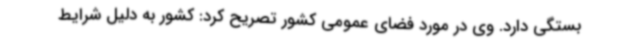
بستگی دارد. وی در مورد فضای عمومی کشور تصریح کرد: کشور به دلیل شرایط